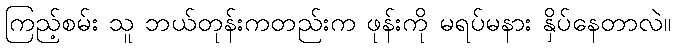
ကြည့်စမ်း သူ ဘယ်တုန်းကတည်းက ဖုန်းကို မရပ်မနား နှိပ်နေတာလဲ။